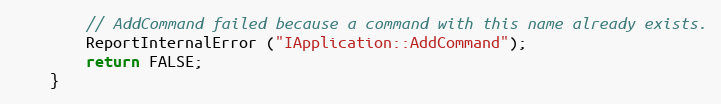
Language: C++
		// AddCommand failed because a command with this name already exists.
		ReportInternalError ("IApplication::AddCommand");
		return FALSE;
	}